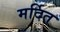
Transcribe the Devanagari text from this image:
मर्दित